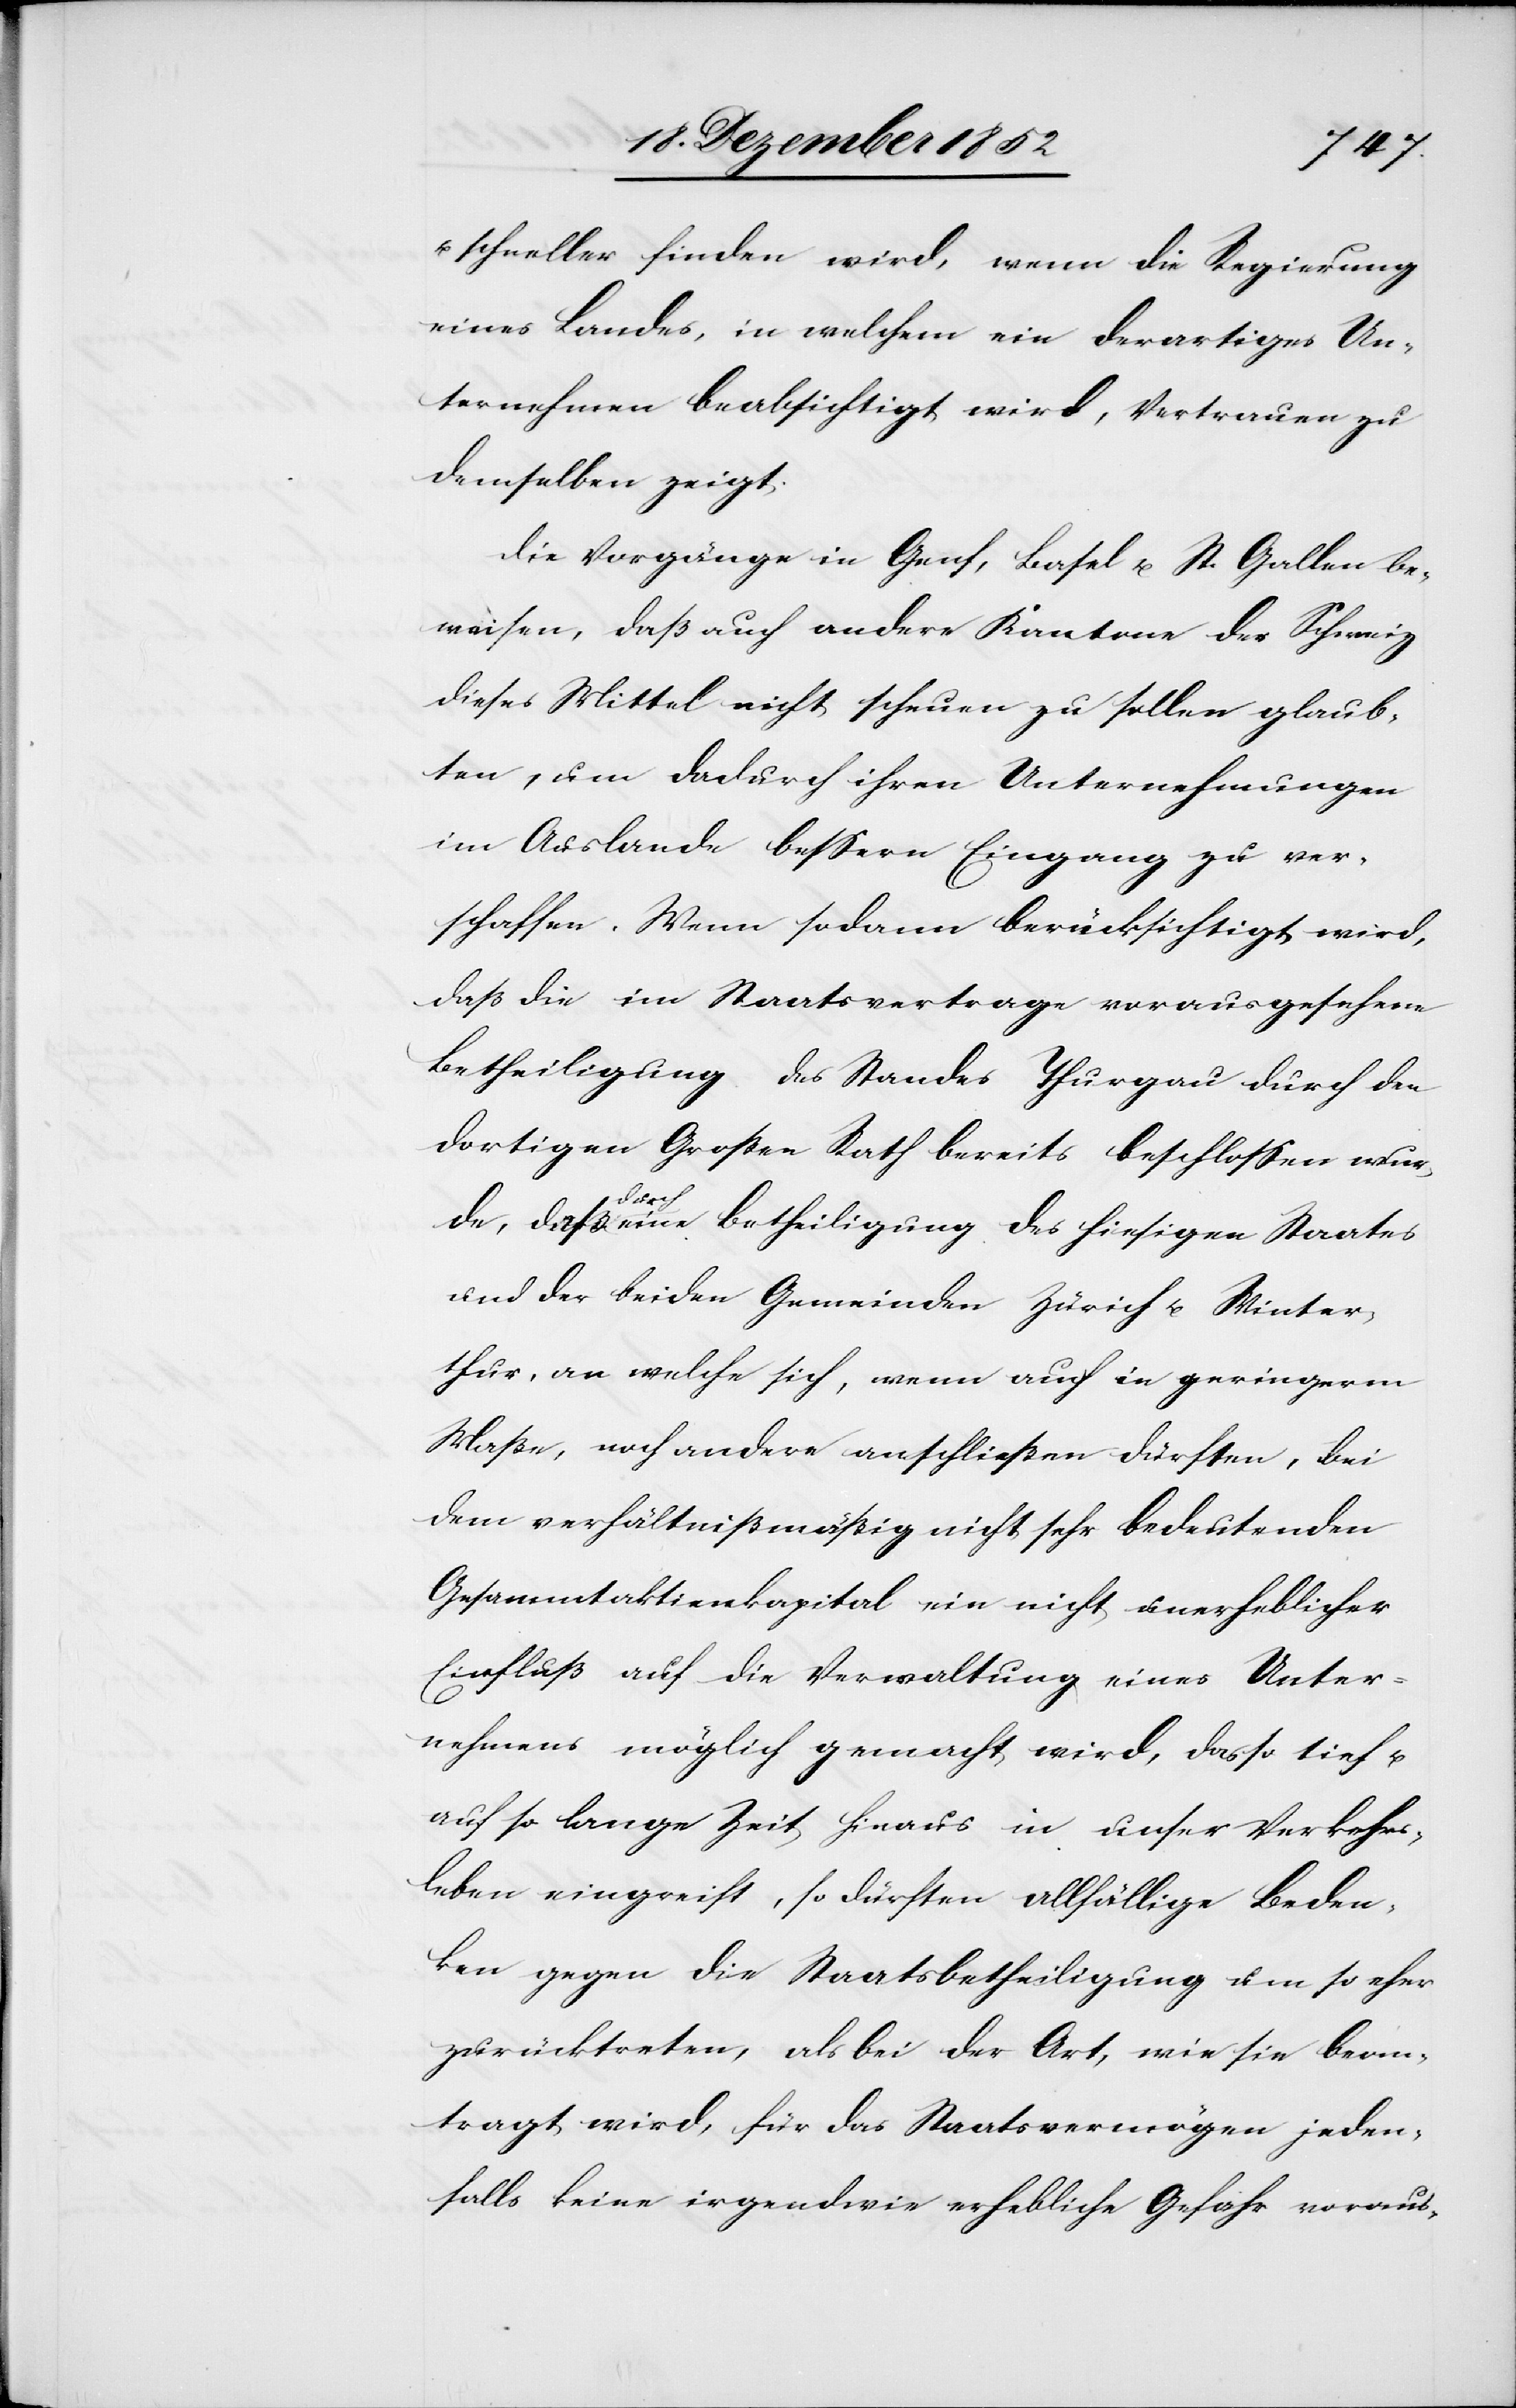
u.
schneller finden wird, wenn die Regierung
eines Landes, in welchem ein derartiges Un¬
ternehmen beabsichtigt wird, Vertrauen zu
demselben zeigt.
Die Vorgänge in Genf, Basel u. St. Gallen be¬
weisen, daß auch andere Kantone der Schweiz
dieses Mittel nicht scheuen zu sollen glaub¬
ten, um dadurch ihren Unternehmungen
im Auslande bessern Eingang zu ver¬
schaffen. Wenn sodann berücksichtigt wird,
daß die im Staatsvertrage vorausgesehene
Betheiligung des Standes Thurgau durch den
dortigen Großen Rath bereits beschlossen wurde,
daß durch eine Betheiligung des hiesigen Staates
und der beiden Gemeinden Zürich u. Winter¬
thur, an welche sich, wenn auch in geringerm
Maße, noch andere anschließen dürften, bei
dem verhältnißmäßig nicht sehr bedeutenden
Gesammtaktienkapital ein nicht unerheblicher
Einfluß auf die Verwaltung eines Unter¬
nehmens möglich gemacht wird, das so tief u.
auf so lange Zeit hinaus in unser Verkehrs¬
leben eingreift, so dürften allfällige Beden¬
ken gegen die Staatsbetheiligung um so eher
zurücktreten, als bei der Art, wie sie bean¬
tragt wird, für das Staatsvermögen jeden¬
falls keine irgendwie erhebliche Gefahr voraus-